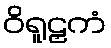
ဝိရူဠှကံ